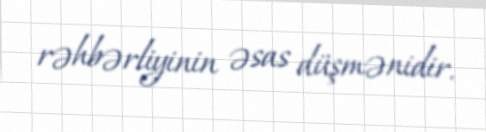
rəhbərliyinin əsas düşmənidir.